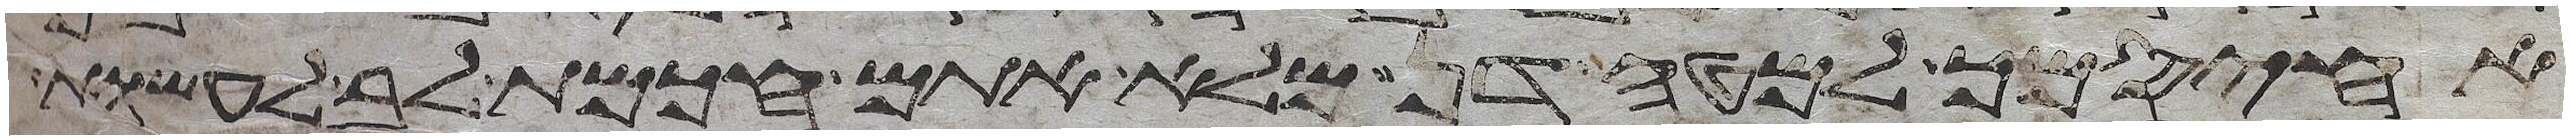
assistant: אחיסמך למטה דן מלא אתם חכמת לב לעשות